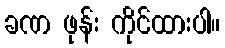
ခဏ ဖုန်း ကိုင်ထားပါ။